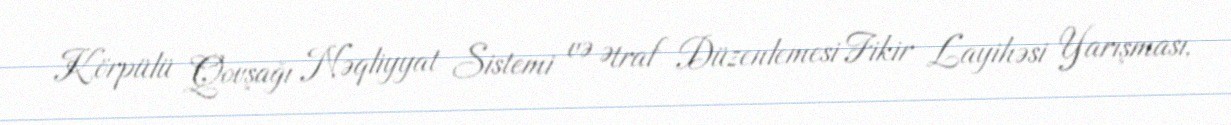
Körpülü Qovşağı Nəqliyyat Sistemi və Ətraf Düzenlemesi Fikir Layihəsi Yarışması,